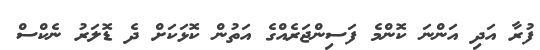
ފުރާ އަދި އަންނަ ކޮންމެ ފަސިންޖަރެއްގެ އަތުން ކޮޅަކަށް ދެ ޑޮލަރު ނެކްސް